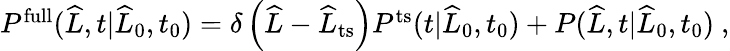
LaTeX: \begin{array}{r}{P^{\mathrm{full}}(\widehat{L},t|\widehat{L}_{0},t_{0})=\delta\left(\widehat{L}-\widehat{L}_{\mathrm{ts}}\right)P^{\mathrm{ts}}(t|\widehat{L}_{0},t_{0})+P(\widehat{L},t|\widehat{L}_{0},t_{0})\ ,}\end{array}